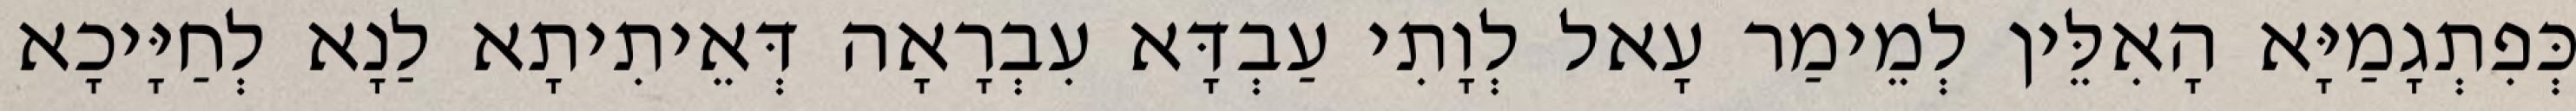
כְּפִתְגָמַיָּא הָאִלֵּין לְמֵימַר עָאל לְוָתִי עַבְדָּא עִבְרָאָה דְּאֵיתִיתָא לַנָא לְחַיָּיכָא